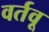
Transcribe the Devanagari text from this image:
वर्तवू